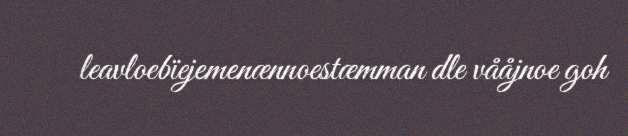
leavloebïejemenænnoestæmman dle vååjnoe goh